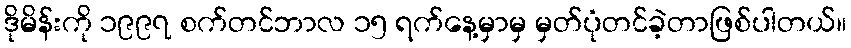
ဒိုမိန်းကို ၁၉၉၇ စက်တင်ဘာလ ၁၅ ရက်နေ့မှာမှ မှတ်ပုံတင်ခဲ့တာဖြစ်ပါတယ်။